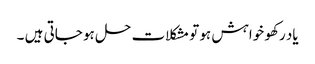
یاد رکھو خواہش ہو تو مشکلات حل ہو جاتی ہیں ۔